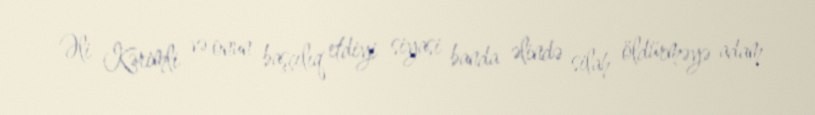
Əli Kərimli və onun başçılıq etdiyi siyasi banda əlində silah öldürməyə adam